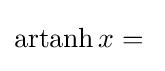
\operatorname {artanh} x{\vphantom {\big )}}={}